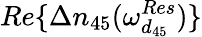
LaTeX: Re\{ \Delta n_{45}(\omega_{d_{45}}^{Res})\}